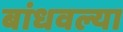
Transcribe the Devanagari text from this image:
बांधवल्या